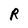
Character: R